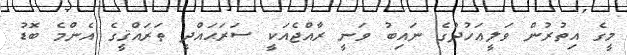
މީގެ އިތުރުން ވަލީޢަހުދުގެ ނައިބު ވަނީ ރާއްޖެއަކީ ސަރަޙައްދީ ތަރައްޤީގެ އެންމެ ބޮޑު